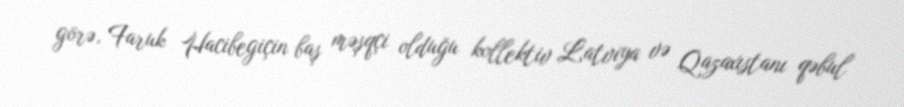
görə, Faruk Hacibegiçin baş məşqçi olduğu kollektiv Latviya və Qazaxıstanı qəbul